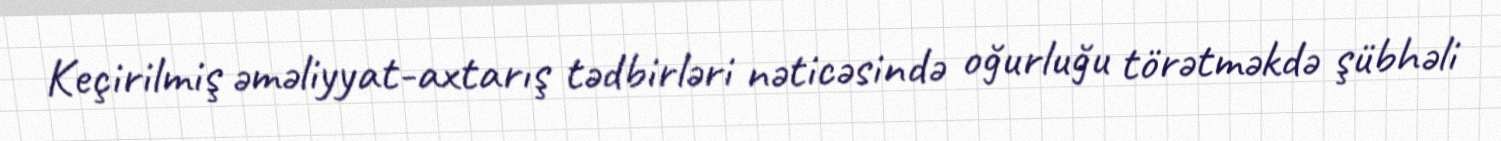
Keçirilmiş əməliyyat-axtarış tədbirləri nəticəsində oğurluğu törətməkdə şübhəli